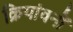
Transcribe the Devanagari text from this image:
क्रियांवनों